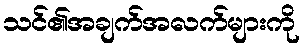
သင်၏အချက်အလက်များကို